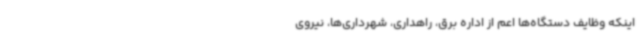
اینکه وظایف دستگاه‌ها اعم از اداره برق، راهداری، شهرداری‌ها، نیروی